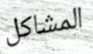
المشاكل